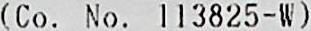
(CO. NO. 113825-W)